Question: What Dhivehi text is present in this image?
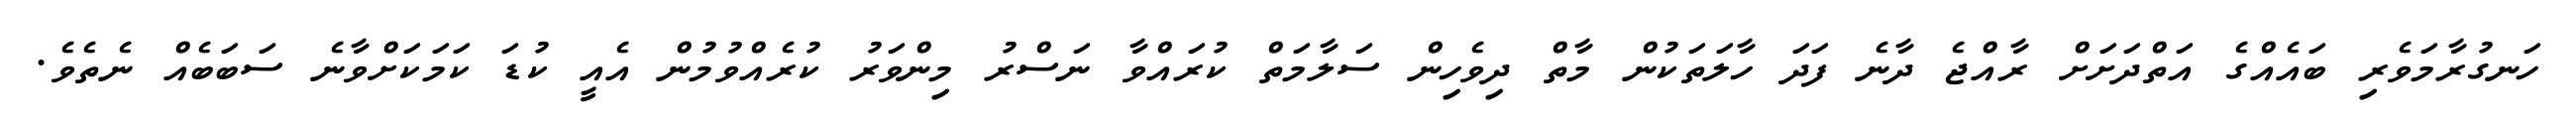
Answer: ހަނގުރާމަވެރި ބައެއްގެ އަތްދަށަށް ރާއްޖެ ދާނެ ފަދަ ހާލަތަކުން މާތް ދިވެހިން ސަލާމަތް ކުރައްވާ ނަސްރު މިންވަރު ކުރެއްވުމުން އެއީ ކުޑަ ކަމަކަށްވާނެ ސަބަބެއް ނެތެވެ.